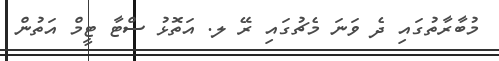
މުބާރާތުގައި ދެ ވަނަ މެޗުގައި ރޭ ލ. އަތޮޅު ސްޓާ ޓީމް އަތުން